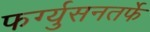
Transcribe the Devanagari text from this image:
फर्ग्युसनतर्फे